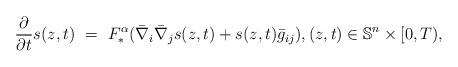
LaTeX: \begin{align*} \frac{\partial }{\partial t}s(z,t)~=~F_*^{\alpha}(\bar{\nabla}_i\bar{\nabla}_js(z,t)+s(z,t)\bar{g}_{ij}), (z,t)\in \mathbb{S}^n\times [0,T),\end{align*}